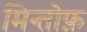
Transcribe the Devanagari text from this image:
मिन्तोफ़